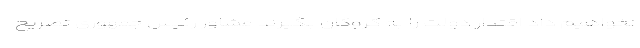
نخواهیم داد اقتدار دولت را به گروگان بگیرند مشاور رئیس جمهوری تصریح